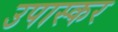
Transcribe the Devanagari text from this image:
उपास्कर